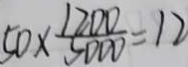
5 0 \times \frac { 1 2 0 0 } { 5 0 0 0 } = 1 2